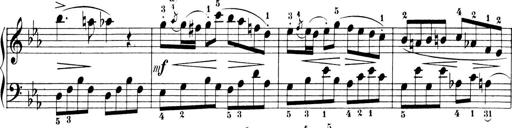
Title: 6 Piano Sonatinas
Composer: Cornelius Gurlitt